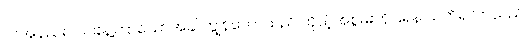
လအနည်းငယ်ခန့်ကြာသောအခါ ကျွန်တော်သည် ကိုယ့်အစွမ်းကိုပြရန် သတိရလာသည်။